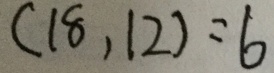
( 1 8 , 1 2 ) = 6